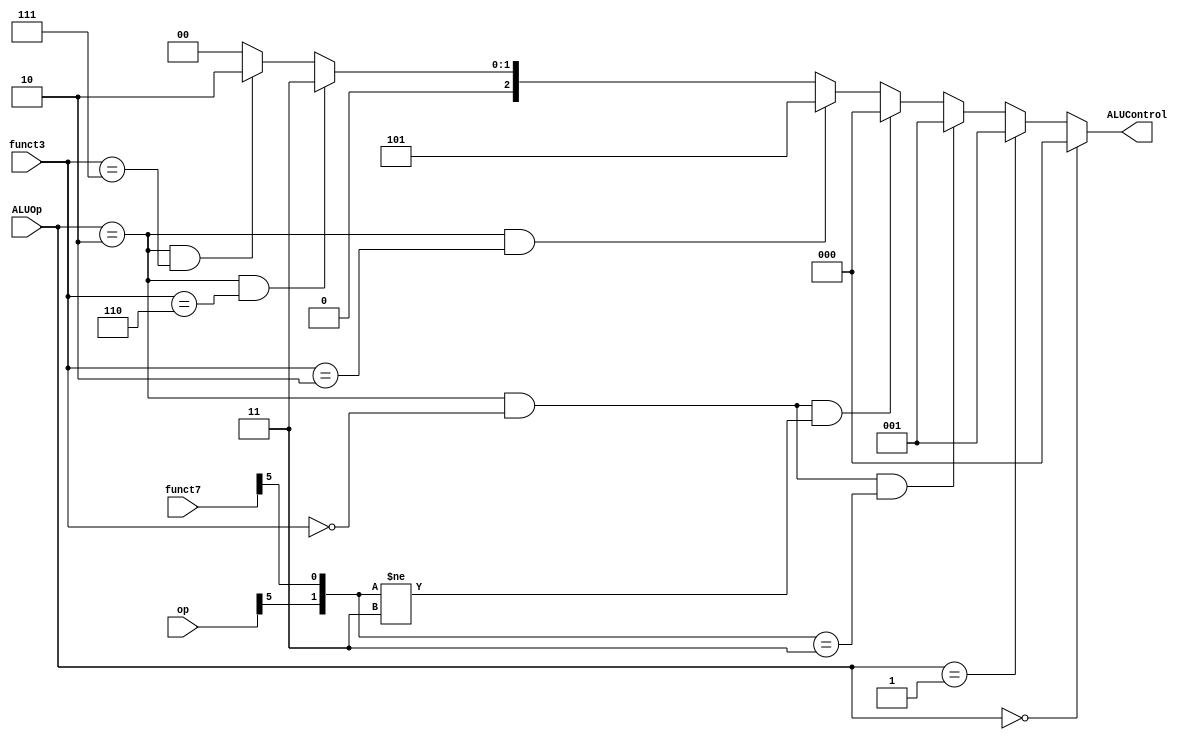
`timescale 1ns / 1ps
//////////////////////////////////////////////////////////////////////////////////
// Company: 
// Engineer: 
// 
// Design Name: 
// Module Name: tb_Main_Decoder
// Project Name: 
// Target Devices: 
// Tool Versions: 
// Description: 
// 
// Dependencies: 
// 
// Revision:
// Revision 0.01 - File Created
// Additional Comments:
// 
//////////////////////////////////////////////////////////////////////////////////

// Copyright 2023 MERL-DSU

//    Licensed under the Apache License, Version 2.0 (the "License");
//    you may not use this file except in compliance with the License.
//    You may obtain a copy of the License at

//        http://www.apache.org/licenses/LICENSE-2.0

//    Unless required by applicable law or agreed to in writing, software
//    distributed under the License is distributed on an "AS IS" BASIS,
//    WITHOUT WARRANTIES OR CONDITIONS OF ANY KIND, either express or implied.
//    See the License for the specific language governing permissions and
//    limitations under the License.


module ALU_Decoder(ALUOp,funct3,funct7,op,ALUControl);

    input [1:0]ALUOp;
    input [2:0]funct3;
    input [6:0]funct7,op;
    output [2:0]ALUControl;

    // Method 1 
    // assign ALUControl = (ALUOp == 2'b00) ? 3'b000 :
    //                     (ALUOp == 2'b01) ? 3'b001 :
    //                     (ALUOp == 2'b10) ? ((funct3 == 3'b000) ? ((({op[5],funct7[5]} == 2'b00) | ({op[5],funct7[5]} == 2'b01) | ({op[5],funct7[5]} == 2'b10)) ? 3'b000 : 3'b001) : 
    //                                         (funct3 == 3'b010) ? 3'b101 : 
    //                                         (funct3 == 3'b110) ? 3'b011 : 
    //                                         (funct3 == 3'b111) ? 3'b010 : 3'b000) :
    //                                        3'b000;

    // Method 2
    assign ALUControl = (ALUOp == 2'b00) ? 3'b000 :
                        (ALUOp == 2'b01) ? 3'b001 :
                        ((ALUOp == 2'b10) & (funct3 == 3'b000) & ({op[5],funct7[5]} == 2'b11)) ? 3'b001 : 
                        ((ALUOp == 2'b10) & (funct3 == 3'b000) & ({op[5],funct7[5]} != 2'b11)) ? 3'b000 : 
                        ((ALUOp == 2'b10) & (funct3 == 3'b010)) ? 3'b101 : 
                        ((ALUOp == 2'b10) & (funct3 == 3'b110)) ? 3'b011 : 
                        ((ALUOp == 2'b10) & (funct3 == 3'b111)) ? 3'b010 : 
                                                                  3'b000 ;
endmodule